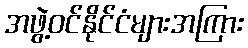
အဖွဲ့ဝင်နိုင်ငံများအကြား